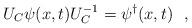
LaTeX: \begin{align*}U_C\psi(x,t) U_C^{-1}=\psi^{\dagger}(x,t) \ \ ,\end{align*}